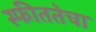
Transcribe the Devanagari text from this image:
स्फीततेचा